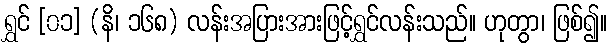
ရွှင် [၀၁] (နိ၊ ၁၆၈) လန်းအပြားအားဖြင့်ရွှင်လန်းသည်။ ဟုတွာ၊ ဖြစ်၍။